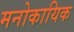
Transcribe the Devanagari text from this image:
मनोकायिक